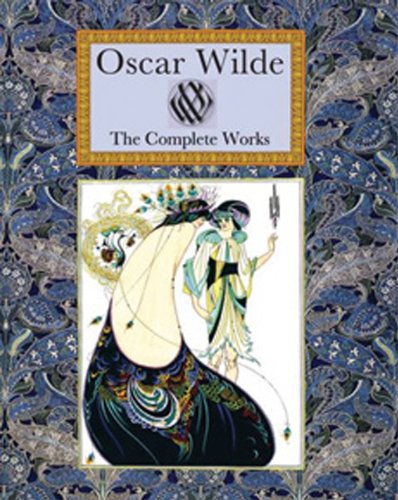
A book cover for Oscar Wilde The Complete Works (Collector's Library); Oscar Wilde; Literature & Fiction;